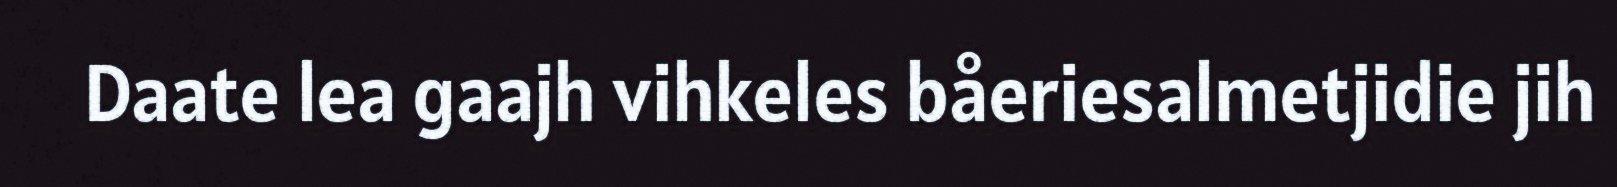
Daate lea gaajh vihkeles båeriesalmetjidie jih